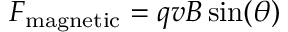
F _ { \mathrm { m a g n e t i c } } = q v B \sin ( \theta )